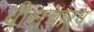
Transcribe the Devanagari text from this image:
बीसचारव